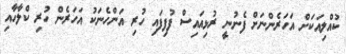
ކުއްލިއަކަށް އަހަރެންނަށް ފެނުނީ ރުޅިއައިސް ފުފިފައި ހުރި އަންހެނަކު އަހަރެން ހުރި ކްލާހާއި